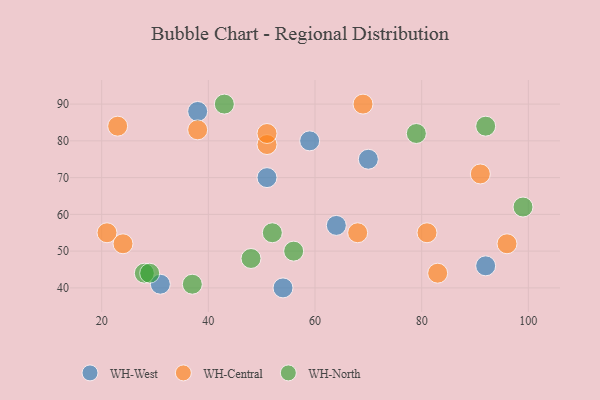
{"axis": {"x": "GDP", "y": "Life Expectancy"}, "legend": ["WH-Central", "WH-North", "WH-West"], "data": [{"x": "70", "y": 75, "type": "WH-West"}, {"x": "59", "y": 80, "type": "WH-West"}, {"x": "31", "y": 41, "type": "WH-West"}, {"x": "54", "y": 40, "type": "WH-West"}, {"x": "64", "y": 57, "type": "WH-West"}, {"x": "92", "y": 46, "type": "WH-West"}, {"x": "38", "y": 88, "type": "WH-West"}, {"x": "51", "y": 70, "type": "WH-West"}, {"x": "68", "y": 55, "type": "WH-Central"}, {"x": "21", "y": 55, "type": "WH-Central"}, {"x": "23", "y": 84, "type": "WH-Central"}, {"x": "24", "y": 52, "type": "WH-Central"}, {"x": "69", "y": 90, "type": "WH-Central"}, {"x": "51", "y": 79, "type": "WH-Central"}, {"x": "91", "y": 71, "type": "WH-Central"}, {"x": "83", "y": 44, "type": "WH-Central"}, {"x": "96", "y": 52, "type": "WH-Central"}, {"x": "81", "y": 55, "type": "WH-Central"}, {"x": "51", "y": 82, "type": "WH-Central"}, {"x": "38", "y": 83, "type": "WH-Central"}, {"x": "43", "y": 90, "type": "WH-North"}, {"x": "92", "y": 84, "type": "WH-North"}, {"x": "99", "y": 62, "type": "WH-North"}, {"x": "79", "y": 82, "type": "WH-North"}, {"x": "28", "y": 44, "type": "WH-North"}, {"x": "37", "y": 41, "type": "WH-North"}, {"x": "48", "y": 48, "type": "WH-North"}, {"x": "29", "y": 44, "type": "WH-North"}, {"x": "52", "y": 55, "type": "WH-North"}, {"x": "56", "y": 50, "type": "WH-North"}]}